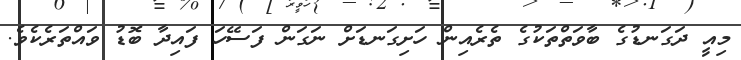
މިއީ ދަގަނޑުގެ ބާވަތްތަކުގެ ތެރެއިން ހަށިގަނޑަށް ނަގަން ފަސޭހަ ފައިދާ ބޮޑު ވައްތަރެކެވެ.